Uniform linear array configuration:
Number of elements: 64
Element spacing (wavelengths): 0.25
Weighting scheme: exponential
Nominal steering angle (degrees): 0
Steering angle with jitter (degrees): -0.456
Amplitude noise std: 0.05
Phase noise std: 0.05

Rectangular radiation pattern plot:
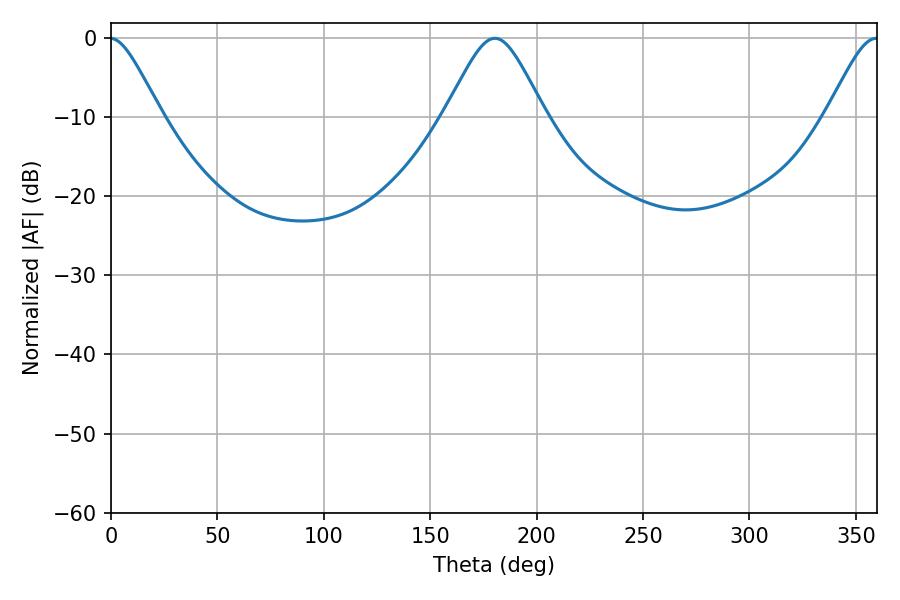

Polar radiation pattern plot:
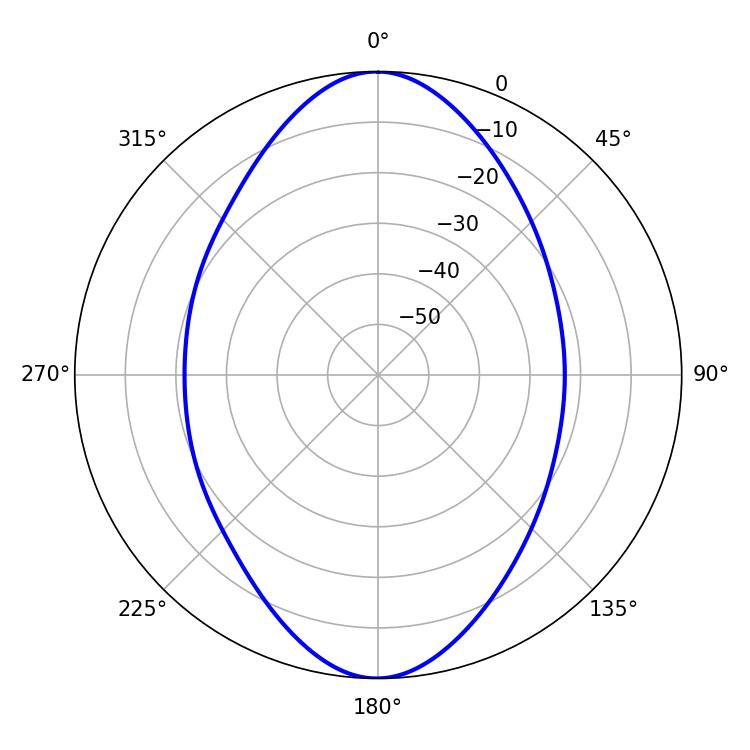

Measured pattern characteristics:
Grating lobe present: FALSE
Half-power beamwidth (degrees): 23.04
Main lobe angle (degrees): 180.36